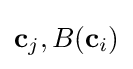
\mathbf {c} _{j},B(\mathbf {c} _{i})